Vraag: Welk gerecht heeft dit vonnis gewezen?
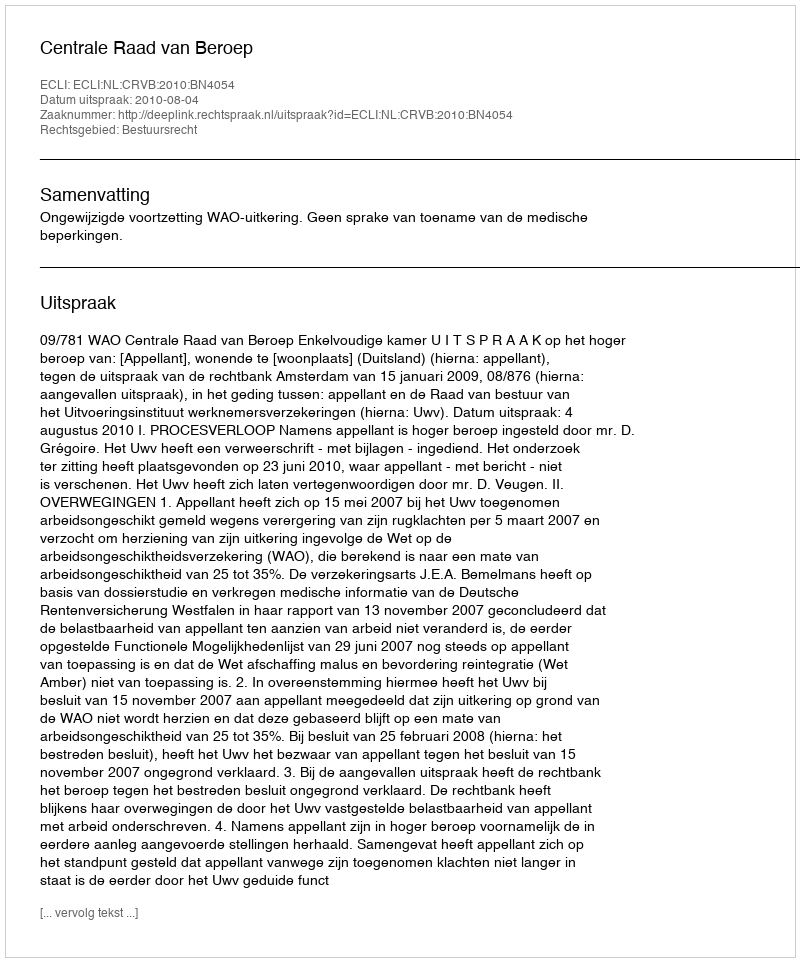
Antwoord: Centrale Raad van Beroep